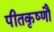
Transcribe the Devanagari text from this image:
पीतकृष्णौ